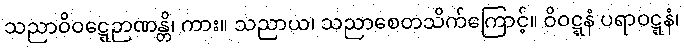
သညာဝိဝဋ္ဋေဉာဏန္တိ၊ ကား။ သညာယ၊ သညာစေတသိက်ကြောင့်။ ဝိဝဋ္ဋနံ ပရာဝဋ္ဋနံ၊